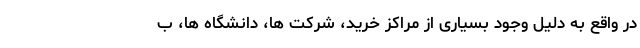
در واقع به دلیل وجود بسیاری از مراکز خرید، شرکت ها، دانشگاه ها، ب